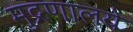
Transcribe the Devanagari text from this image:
मुद्रणालये